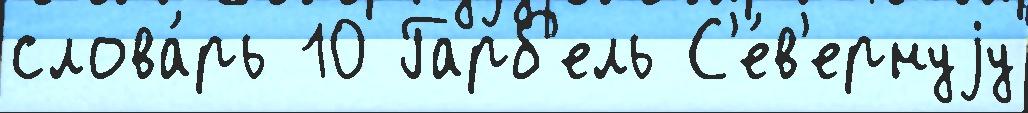
слова́рь 10 Гарб'ель С'е́в'ернуjу